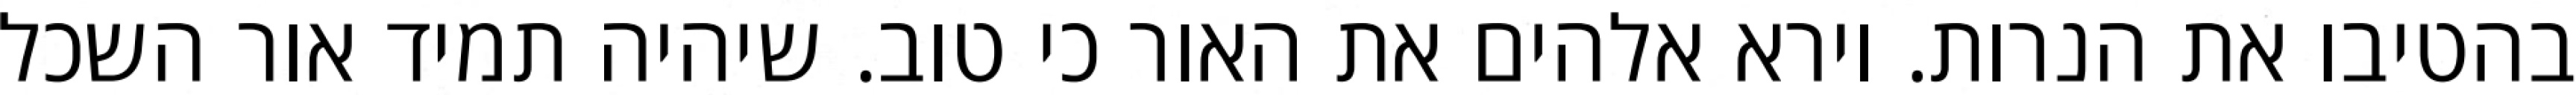
בהטיבו את הנרות. וירא אלהים את האור כי טוב. שיהיה תמיד אור השכל